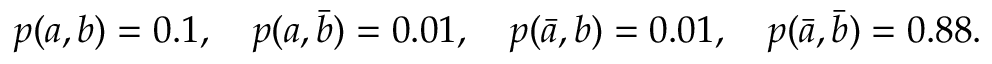
\begin{array} { r } { p ( a , b ) = 0 . 1 , \quad p ( a , \bar { b } ) = 0 . 0 1 , \quad p ( \bar { a } , b ) = 0 . 0 1 , \quad p ( \bar { a } , \bar { b } ) = 0 . 8 8 . } \end{array}